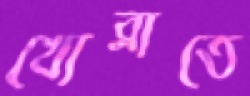
খোব্‌লাতে